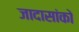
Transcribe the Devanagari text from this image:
जादासांको